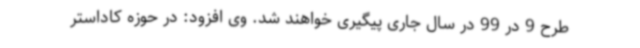
طرح 9 در 99 در سال جاری پیگیری خواهند شد. وی افزود: در حوزه کاداستر